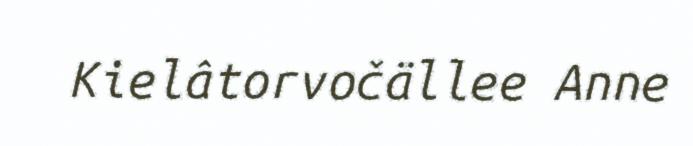
Kielâtorvočällee Anne